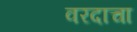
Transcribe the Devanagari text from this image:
वरदाचा